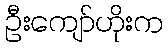
ဦးကျော်ဟိုးက